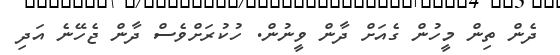
ދެން ތިން މީހުން ގެއަށް ދާން ވީނުން. ހުކުރަށްވެސް ދާން ޖެހޭނެ އަދި